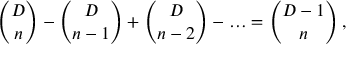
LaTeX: { \binom { D } { n } } - { \binom { D } { n - 1 } } + { \binom { D } { n - 2 } } - \ldots = { \binom { D - 1 } { n } } \, ,